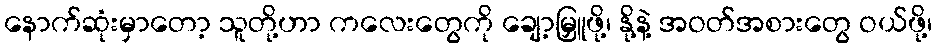
နောက်ဆုံးမှာတော့ သူတို့ဟာ ကလေးတွေကို ချော့မြှူဖို့၊ နို့နဲ့ အဝတ်အစားတွေ ဝယ်ဖို့၊